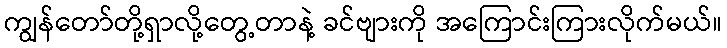
ကျွန်တော်တို့ရှာလို့တွေ့တာနဲ့ ခင်ဗျားကို အကြောင်းကြားလိုက်မယ်။